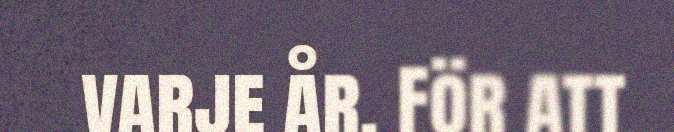
varje år. För att